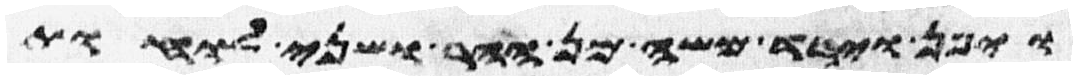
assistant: ויפן וירד משה מן ההר ושני לוחת